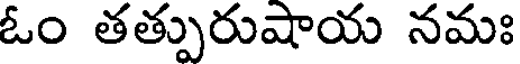
ఓం తత్పురుషాయ నమః